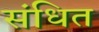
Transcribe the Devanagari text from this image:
संधित